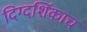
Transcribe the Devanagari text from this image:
दिग्दर्शिकाच